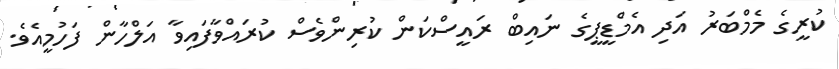
ކުރީގެ މެމްބަރު އަދި އެމްޑީޕީގެ ނައިބް ރައީސްކަން ކުރިންވެސް ކުރައްވާފައިވާ އަލްހާން ފަހުމީއެވެ.